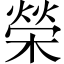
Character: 榮